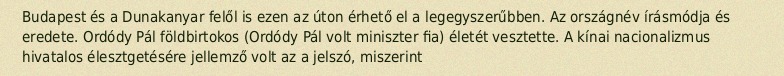
Budapest és a Dunakanyar felől is ezen az úton érhető el a legegyszerűbben. Az országnév írásmódja és eredete. Ordódy Pál földbirtokos (Ordódy Pál volt miniszter fia) életét vesztette. A kínai nacionalizmus hivatalos élesztgetésére jellemző volt az a jelszó, miszerint